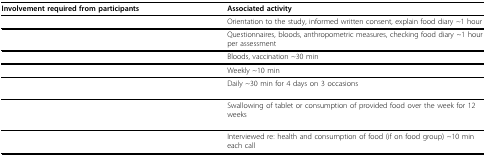
<table><thead><tr><td><b>Involvement required from participants</b></td><td><b>Associated activity</b></td></tr></thead><tbody><tr><td>[EMPTY_CELL]</td><td>Orientation to the study, informed written consent, explain food diary ~1 hour</td></tr><tr><td>[EMPTY_CELL]</td><td>Questionnaires, bloods, anthropometric measures, checking food diary ~1 hour per assessment</td></tr><tr><td>[EMPTY_CELL]</td><td>Bloods, vaccination ~30 min</td></tr><tr><td>[EMPTY_CELL]</td><td>Weekly ~10 min</td></tr><tr><td>[EMPTY_CELL]</td><td>Daily ~30 min for 4 days on 3 occasions</td></tr><tr><td>[EMPTY_CELL]</td><td>Swallowing of tablet or consumption of provided food over the week for 12 weeks</td></tr><tr><td>[EMPTY_CELL]</td><td>Interviewed re: health and consumption of food (if on food group) ~10 min each call</td></tr></tbody></table>